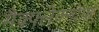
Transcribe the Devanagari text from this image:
मैक्फ्लेक्नोफ़